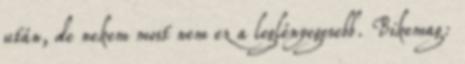
után, de nekem most nem ez a leglényegesebb. Bikemag: